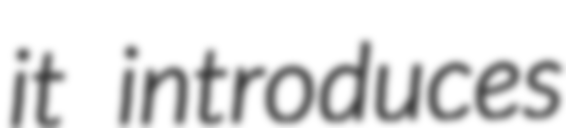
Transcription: it introduces